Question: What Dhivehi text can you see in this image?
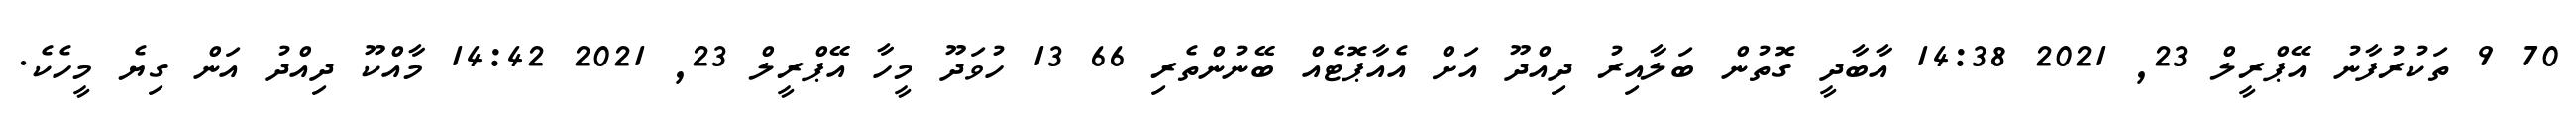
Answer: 70 9 ތަކުރުފާނު އޭޕްރީލް 23, 2021 14:38 އާބާދީ ގޮތުން ބަލާއިރު ދިއްދޫ އަށް އެއާޕޮޓެއް ބޭނުންތެރި 66 13 ހުވަދޫ މީހާ އޭޕްރީލް 23, 2021 14:42 މާއްކޫ ދިއްދު އަން ގިޔެ މީހެކެ.